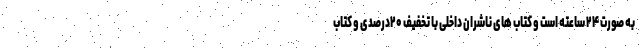
به صورت ۲۴ ساعته است و کتاب های ناشران داخلی با تخفیف ۲۰درصدی و کتاب